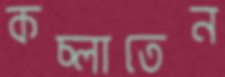
কচ্‌লাতেন